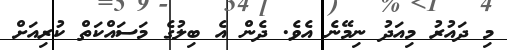
މި ދައުރު މިއަދު ނިމޭނެ އެވެ. ދެން އެ ބިލުގެ މަސައްކަތް ކުރިއަށް